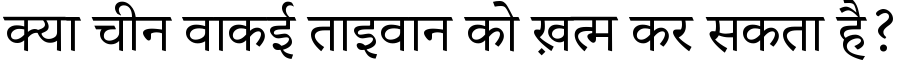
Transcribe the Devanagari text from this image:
क्या चीन वाकई ताइवान को ख़त्म कर सकता है?